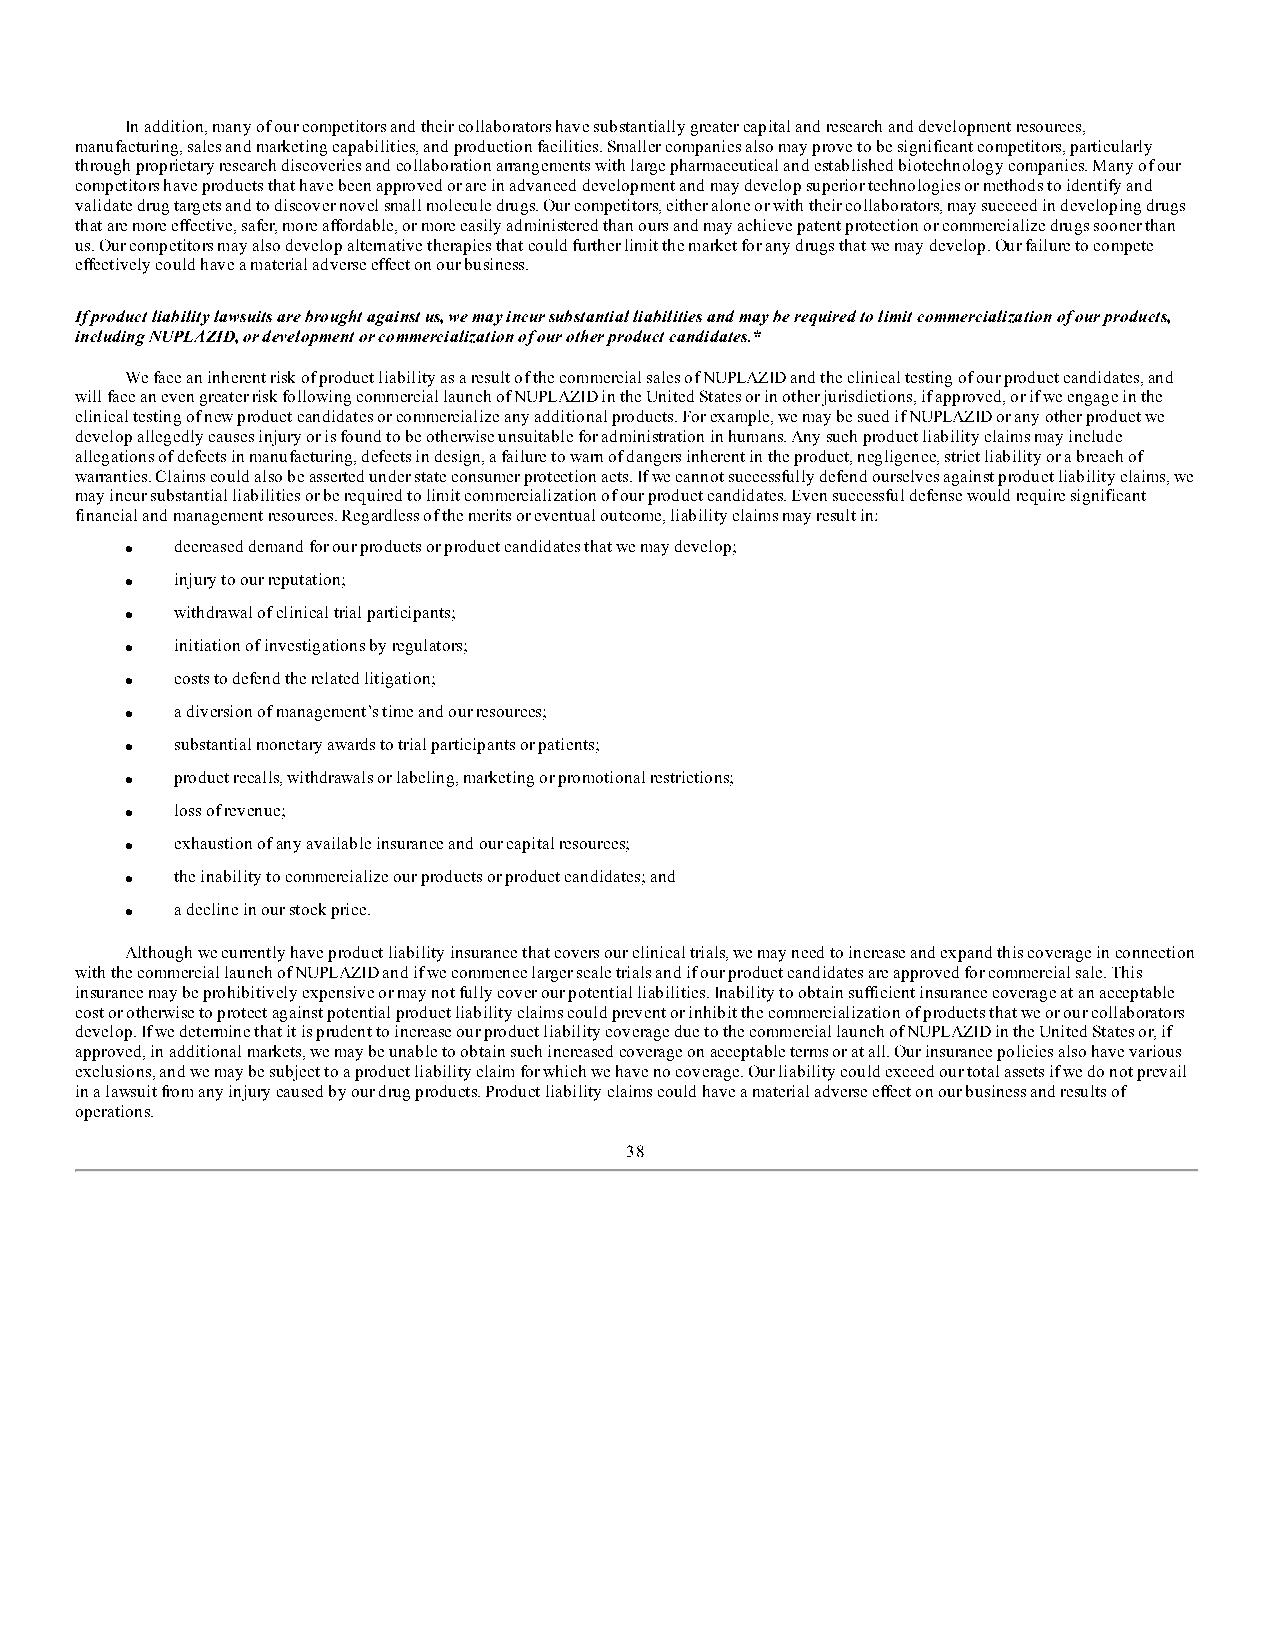
In addition, many of our competitors and their collaborators have substantially greater capital and research and development resources,
 manufacturing, sales and marketing capabilities, and production facilities. Smaller companies also may prove to be significant competitors, particularly
 through proprietary research discoveries and collaboration arrangements with large pharmaceutical and established biotechnology companies. Many of our
 competitors have products that have been approved or are in advanced development and may develop superior technologies or methods to identify and
 validate drug targets and to discover novel small molecule drugs. Our competitors, either alone or with their collaborators, may succeed in developing drugs
 that are more effective, safer, more affordable, or more easily administered than ours and may achieve patent protection or commercialize drugs sooner than
 us. Our competitors may also develop alternative therapies that could further limit the market for any drugs that we may develop. Our failure to compete
 effectively could have a material adverse effect on our business.
 If product liability lawsuits are brought against us, we may incur substantial liabilities and may be required to limit commercialization of our products,
 including NUPLAZID, or development or commercialization of our other product candidates.*
 We face an inherent risk of product liability as a result of the commercial sales of NUPLAZID and the clinical testing of our product candidates, and
 will face an even greater risk following commercial launch of NUPLAZID in the United States or in other jurisdictions, if approved, or if we engage in the
 clinical testing of new product candidates or commercialize any additional products. For example, we may be sued if NUPLAZID or any other product we
 develop allegedly causes injury or is found to be otherwise unsuitable for administration in humans. Any such product liability claims may include
 allegations of defects in manufacturing, defects in design, a failure to warn of dangers inherent in the product, negligence, strict liability or a breach of
 warranties. Claims could also be asserted under state consumer protection acts. If we cannot successfully defend ourselves against product liability claims, we
 may incur substantial liabilities or be required to limit commercialization of our product candidates. Even successful defense would require significant
 financial and management resources. Regardless of the merits or eventual outcome, liability claims may result in:
 ·   decreased demand for our products or product candidates that we may develop;
 ·   injury to our reputation;
 ·   withdrawal of clinical trial participants;
 ·   initiation of investigations by regulators;
 ·   costs to defend the related litigation;
 ·   a diversion of management’s time and our resources;
 ·   substantial monetary awards to trial participants or patients;
 ·   product recalls, withdrawals or labeling, marketing or promotional restrictions;
 ·   loss of revenue;
 ·   exhaustion of any available insurance and our capital resources;
 ·   the inability to commercialize our products or product candidates; and
 ·   a decline in our stock price.
 Although we currently have product liability insurance that covers our clinical trials, we may need to increase and expand this coverage in connection
 with the commercial launch of NUPLAZID and if we commence larger scale trials and if our product candidates are approved for commercial sale. This
 insurance may be prohibitively expensive or may not fully cover our potential liabilities. Inability to obtain sufficient insurance coverage at an acceptable
 cost or otherwise to protect against potential product liability claims could prevent or inhibit the commercialization of products that we or our collaborators
 develop. If we determine that it is prudent to increase our product liability coverage due to the commercial launch of NUPLAZID in the United States or, if
 approved, in additional markets, we may be unable to obtain such increased coverage on acceptable terms or at all. Our insurance policies also have various
 exclusions, and we may be subject to a product liability claim for which we have no coverage. Our liability could exceed our total assets if we do not prevail
 in a lawsuit from any injury caused by our drug products. Product liability claims could have a material adverse effect on our business and results of
 operations.
 38